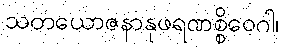
သတယောဇနာနုဖရဏစ္စိဝေဂါ၊